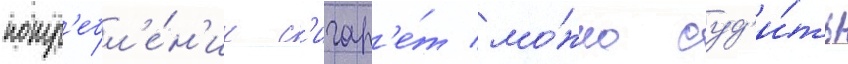
потр'ебл'е́н'ии с'игар'е́т мо́жно суд'и́ть